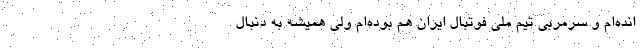
انده‌ام و سرمربی تیم ملی فوتبال ایران هم بوده‌ام ولی همیشه به دنبال